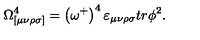
\Omega _ { [ \mu \nu \rho \sigma ] } ^ { 4 } = \left( \omega ^ { + } \right) ^ { 4 } \varepsilon _ { \mu \nu \rho \sigma } t r \phi ^ { 2 } .